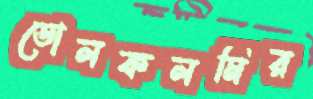
ডোলকলমির